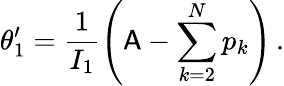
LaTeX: \theta_{1}^{\prime}=\frac{1}{I_{1}}\left(\mathsf{A}-\sum_{k=2}^{N}p_{k}\right)\, .